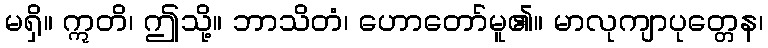
မရှိ။ ဣတိ၊ ဤသို့။ ဘာသိတံ၊ ဟောတော်မူ၏။ မာလုကျာပုတ္တေန၊